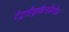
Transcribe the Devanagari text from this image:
टेट्राहैड्राकैनबिनोल